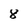
Character: 8